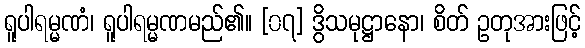
ရူပါရမ္မဏံ၊ ရူပါရမ္မဏမည်၏။ [၀၇] ဒွိသမုဋ္ဌာနော၊ စိတ် ဥတုအားဖြင့်